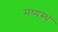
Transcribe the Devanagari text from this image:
मध्यस्थं